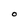
Character: O